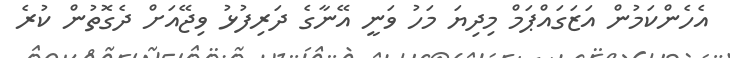
އެހެންކަމުން އަޒަގައްޕަމް މިދިޔަ މަހު ވަނީ އޭނާގެ ދަރިފުޅު ވިޖޭއަށް ދެގޮތުން ކުރެ